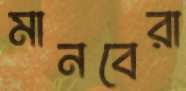
মানবেরা